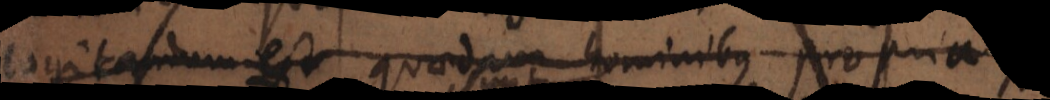
cogitandum est, quaedam hominibus propria